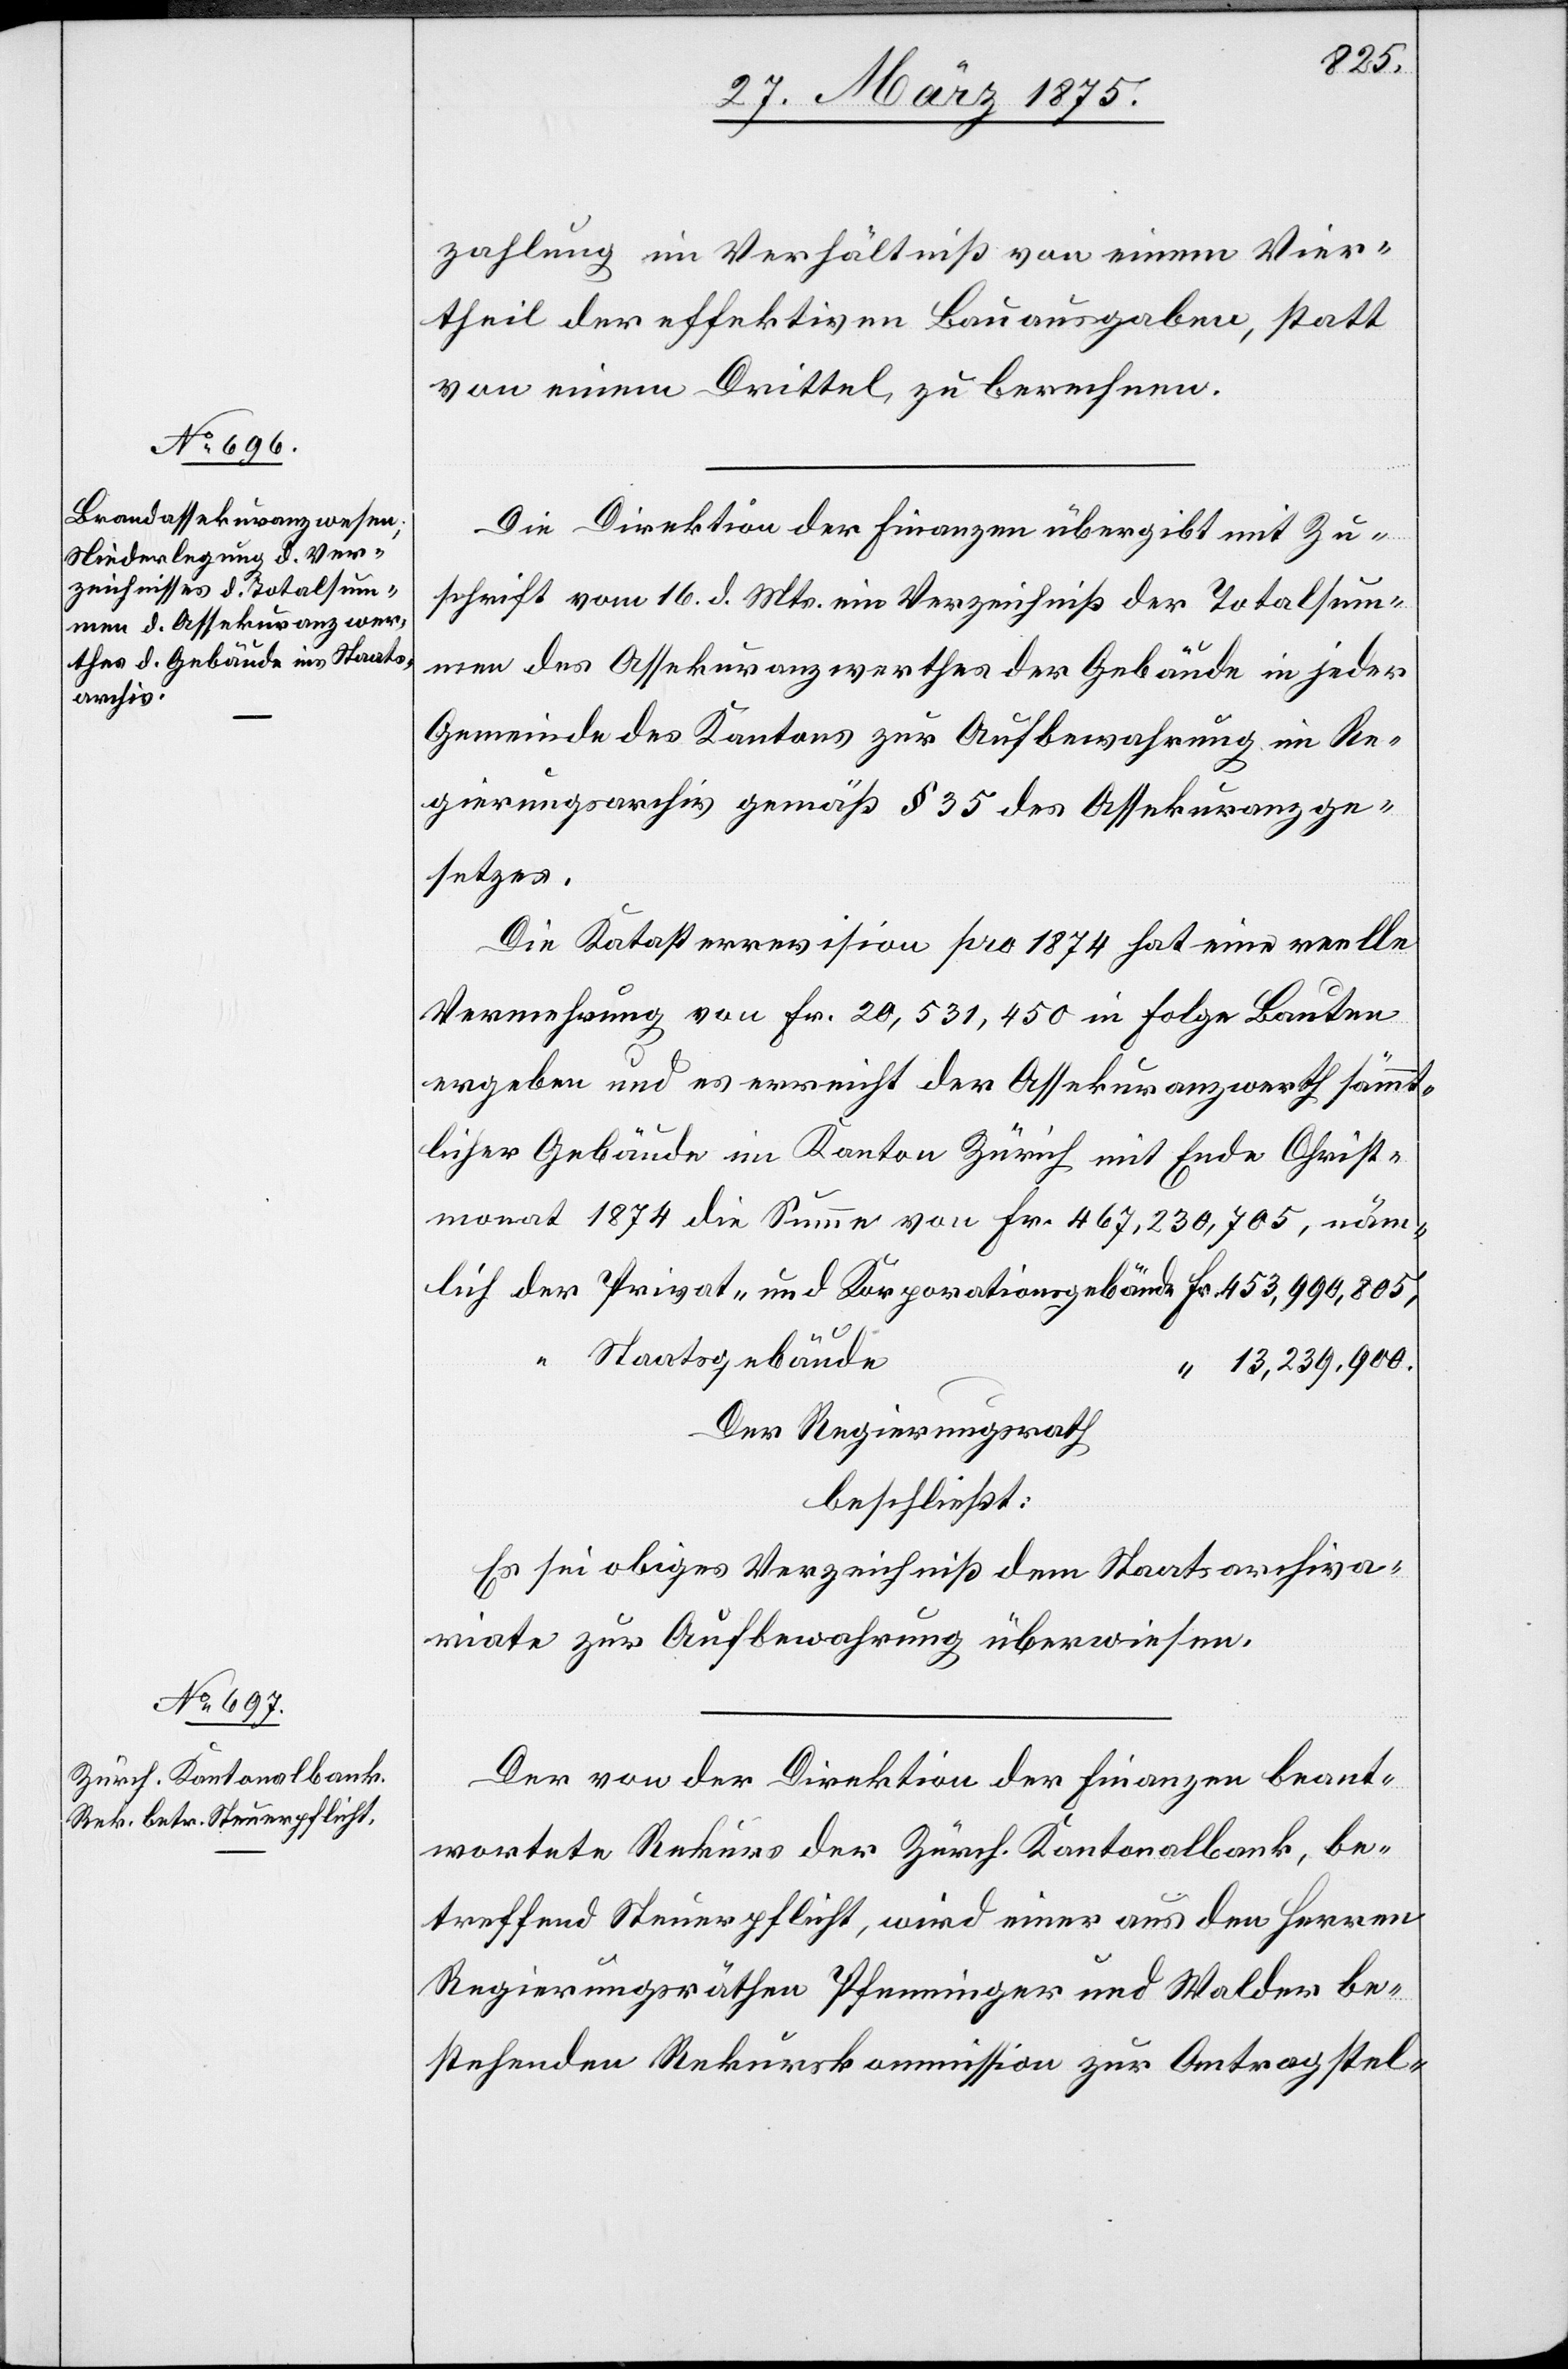
berechnen.

zahlung im Verhältniß von einem Vier¬
theil der effektiven Bauausgaben, statt
Die Direktion der Finanzen übergibt mit Zu¬
schrift vom 16. d. Mts ein Verzeichniß der Totalsum¬
men des Assekuranzwerthes der Gebäude in jeder
Gemeinde des Kantons zur Aufbewahrung im Re¬
gierungsarchiv gemäß § 35 des Assekuranzge¬
setzes.
Die Katasterrevision pro 1874 hat eine reelle
Vermehrung von Fr. 20,531,450 in Folge Bauten
ergeben und es erreicht der Assekuranzwerth sämmt¬
licher Gebäude im Kanton Zürich mit Ende Christ¬
monat 1874 die Summe von Fr. 457,230,705, nämlich
Fr.
Staatsgebäude
13,239,900.
Der Regierungsrath
beschließt:
Es sei obiges Verzeichniß dem Staatsarchiva¬
riate zur Aufbewahrung überwiesen.
Der von der Direktion der Finanzen beant¬
wortete Rekurs der Zürch. Kantonalbank, be¬
treffend Steuerpflicht, wird einer aus den Herren
Regierungsräthen Pfenninger und Walder be¬
stehenden Rekurskommission zur Antragstel-